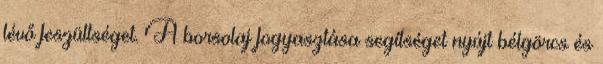
lévő feszültséget. A borsolaj fogyasztása segítséget nyújt bélgörcs és